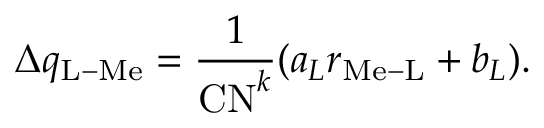
\Delta q _ { \mathrm { L - M e } } = \frac { 1 } { \mathrm { C N } ^ { k } } ( a _ { L } r _ { \mathrm { M e - L } } + b _ { L } ) .